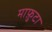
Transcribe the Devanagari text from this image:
माफ़ुटा